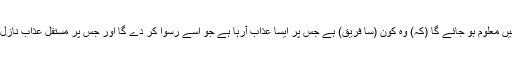
پھر جلد تمہیں معلوم ہو جائے گا (کہ) وہ کون (سا فریق) ہے جس پر ایسا عذاب آرہا ہے جو اسے رسوا کر دے گا اور جس پر مستقل عذاب نازل ہو رہا ہے۔